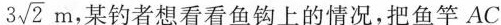
3\sqrt{2}m，某钓者想看看鱼钩上的情况，把鱼竿AC